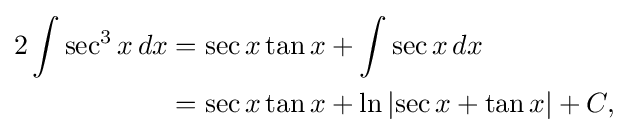
{\begin{aligned}2\int \sec ^{3}x\,dx&=\sec x\tan x+\int \sec x\,dx\\&=\sec x\tan x+\ln \left|\sec x+\tan x\right|+C,\end{aligned}}